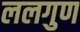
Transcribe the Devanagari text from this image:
ललगुण